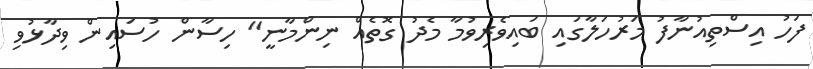
ފަހު އިސްތިއުނާފު މަރުހަލާގައި ބައިވެރިވުމާ މެދު ގޮތެއް ނިންމާނީ" ހިސާން ހުސައިން ވިދާޅުވި